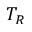
T _ { R }